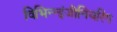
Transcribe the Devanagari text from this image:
विभिन्‍न्‍इंजीनियरिंग